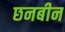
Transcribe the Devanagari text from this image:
छनबीन